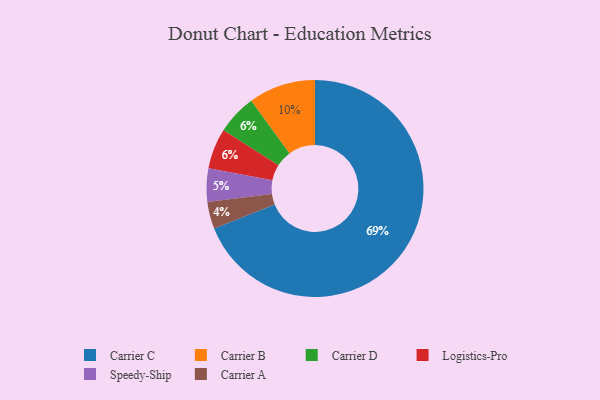
{"axis": {"x": "Category", "y": "Percentage"}, "legend": ["Carrier A", "Carrier B", "Carrier C", "Carrier D", "Logistics-Pro", "Speedy-Ship"], "data": [{"x": "Speedy-Ship", "y": 5, "type": "Speedy-Ship"}, {"x": "Carrier C", "y": 69, "type": "Carrier C"}, {"x": "Carrier D", "y": 6, "type": "Carrier D"}, {"x": "Carrier B", "y": 10, "type": "Carrier B"}, {"x": "Logistics-Pro", "y": 6, "type": "Logistics-Pro"}, {"x": "Carrier A", "y": 4, "type": "Carrier A"}]}